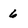
Character: 6